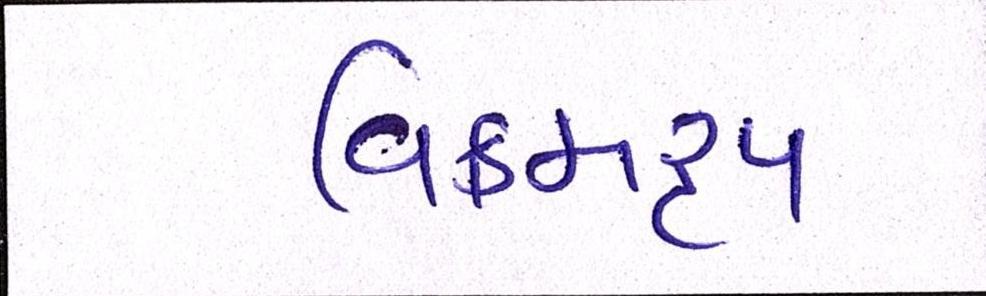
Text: વિક્રમરૃપ